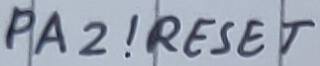
Text: PA2!RESET